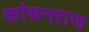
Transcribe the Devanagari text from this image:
कांचनराज